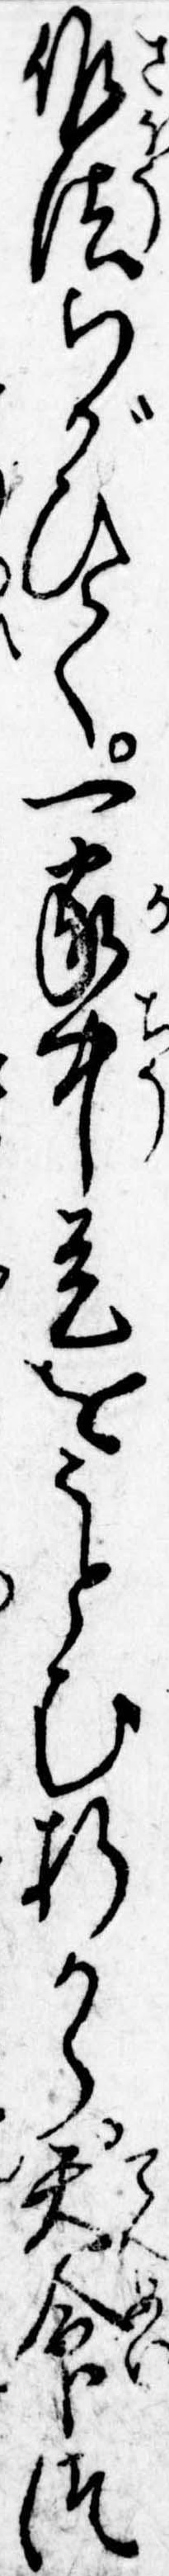
作法ちがひて一家中是をうとむ折から天命つ